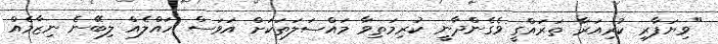
"ވިޔަފާރި ކުރިއަރާ ތަރައްގީ ވެގެންދާނީ ކުރިމަތިވާ މައްސަލަތަކަށް އަވަސް ހައްލެއް ލިބޭނެ ނިޒާމެއް